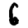
Digit: 6